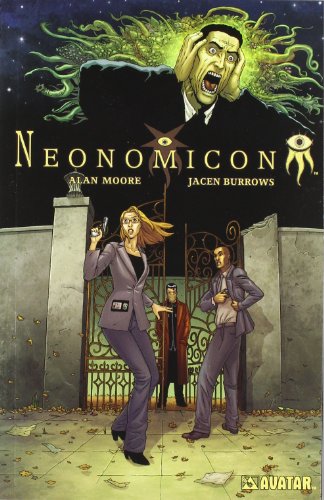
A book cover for Neonomicon; Alan Moore; Comics & Graphic Novels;